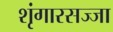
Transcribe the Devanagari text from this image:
शृंगारसज्जा